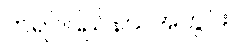
ကရင်ပြည်နယ်အတွင်း